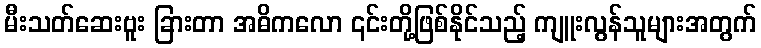
မီးသတ်ဆေးဗူး ခြားတာ အဓိကလော ၎င်းတို့ဖြစ်နိုင်သည့် ကျူးလွန်သူများအတွက်